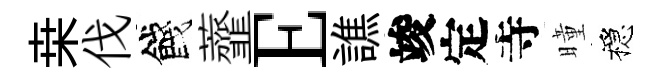
桒伐餞虀E譙竣定寺曈穩